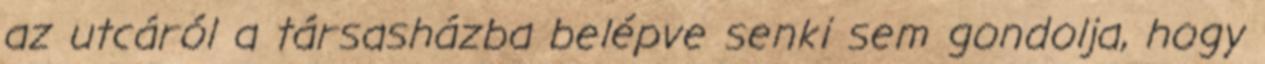
az utcáról a társasházba belépve senki sem gondolja, hogy